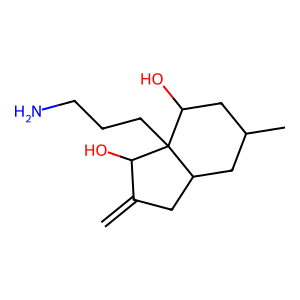
SMILES: C=C1CC2CC(C)CC(O)C2(CCCN)C1O
Inhibits HIV replication: No